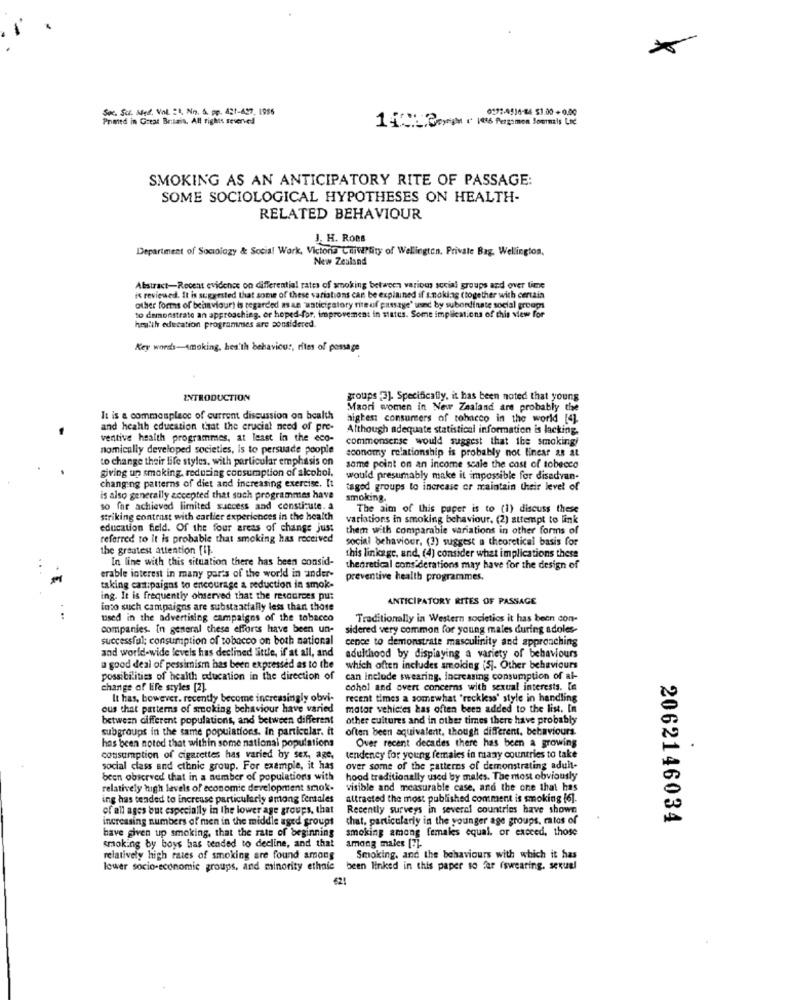
Soc. Sci. Med, Vol. "1, No. S. pp. 421-427, 1986
0172-4536-84 51.00 + 0.00
Primed in Great Britain. All rights reserved
14:30. 106 Perg:men Journals Le
SMOKING AS AN ANTICIPATORY RITE OF PASSAGE:
SOME SOCIOLOGICAL HYPOTHESES ON HEALTH-
RELATED BEHAVIOUR
J. H. Roes
Department of Sociology & Social Work, Victoria Cowhity of Wellington, Private Bag, Wellington.
New Zealand
Abstract-Recent evidence on differential rates of smoking between various social groups and over time
is reviewed. It is suggested that some of these variations can be explained if s.nokiaag (together with certain
other forms of behaviour) is regarded mae 'waticipatory rite of pittsage' und by subordinate social groups
to demonstrate an approaching. or hoped-for, improvement in states. Some implications of this view for
hesith education programmes are considered.
Key words-smoking, health behaviour, rites of possage
INTRODUCTION
groups [3]. Specifically, it has been noted that young
Maori women in New Zealand are probably the
It is a commonplace of current discussion on health
aigten consumers of tobacco in the world [4].
and health education that the crucial need of pre-
Although adequate statistical information is lacking.
ventive health programmes, at least in the eco-
commonsense would suggest that the smoking!
nomically developed societies, is to persuade poople
economy relationship is probably not linear as at
to change their life styles, with particular emphasis on
giving up smoking, reducing consumption of alcohol.
some point on an income scale the cost of tobacco
would presumably make it impossible for disadvan-
changing patterns of diet and increasing exercise. It
taged groups to increase or maintain their level of
is also generally accepted that such programmes have
smoking.
so far achieved limited success and constitute. a
The aim of this paper is to (1) discuss these
striking contrast with carlier experiences in the health
variations in smoking behaviour, (2) attempt to link
education field. Of the four areas of change just
them with comparable variations in other forms of
referred to it is probable that smoking has received
social behaviour. (3) suggest a theoretical basis for
the greatest attention [I].
In line with this situation there has been consid-
this linkage, and, (4) consider what implications these
theoretical considerations may have for the design of
erable interest in many parts of the world in ander-
preventive health programmes.
taking cast:paigns to encourage a reduction in smok-
ing. It is frequently observed that the resources put
ANTICIPATORY RITES OF PASSAGE
into such campaigns are substantially less than those
used in the advertising campaigns of the tobacco
Traditionally in Western societies it has been con-
companies. In general these efforts have been un-
sidered very common for young males during adoles-
successful; consumption of tobacco on both national
cence to demonstrate masculinity and approaching
and world-wide levels has declined little, if at all, and
adulthood by displaying a variety of behaviours
a good deal of pessimism has been expressed as to the
which often includes smoking [5]. Other behaviours
possibilities of health education in the direction of
can include swearing. Increasing consumption of al-
change of life styles [2].
cohol and overt concerns with sexual interests. [n
It has, bowever. recently become increasingly obvi-
recent times a somewhat "reckkss' style in handling
ous that patterns of smoking behaviour have varied
motor vehicles bas often been added to the list. In
between different populations, and between different
other cultures and in other times there have probably
subgroups in the same populations. In particular. it
often been aquivalent, though different. behaviours.
has been noted that within some national populations
Over recent decades there has been a growing
consumption of cigarettes has varied by sex, age,
tendency for young females in many countries to take
social class and ethnic group. For example, it has
over some of the patterns of demonstrating adult-
been observed that in a number of populations with
hood traditionally used by males. The most obviously
relatively high levels of economic development smok.
visible and measurable case, and the one that has
ing has tended to increase particularly among fentales
attracted the most published comment is smoking [6].
of all ages but especially in the lower age groups, that
Recently surveys in several countries have shown
increasing numbers of men in the middle aged groups
that, particularly in the younger age groups, catos of
2062146034
smoking among females equal, or exceed, those
have given up smoking, that the rate of beginning
smoking by boys has tended to decline, and that
among males [7].
relatively high rates of smoking are found among
Smoking, and the behaviours with which it has
lower socio-economic groups, and minority ethnic
been linked in this paper so far iswearing. sexuel